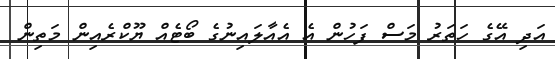
އަދި އޭގެ ހަތަރު މަސް ފަހުން އެ އެއާލައިނުގެ ބޯޓެއް ޔޫކްރެއިން މަތިން